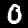
Digit: 0